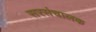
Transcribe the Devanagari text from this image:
सरसंचालक